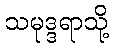
သမုဒ္ဒရာသို့